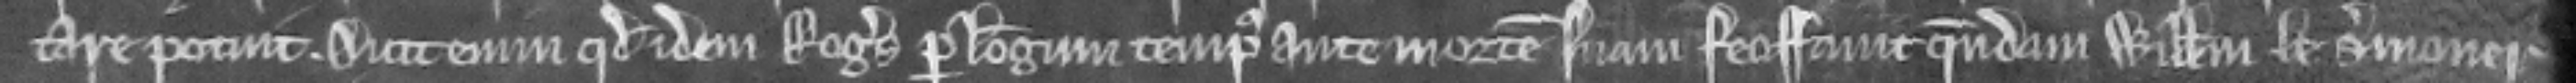
tare potuit. Dicit enim quod idem Rogerus per longum tempus ante mortem suam feoffavit quendam Willelmum le Sermoner